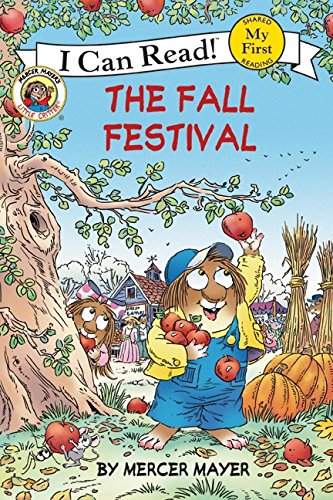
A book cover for Little Critter: The Fall Festival (My First I Can Read); Mercer Mayer; Children's Books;